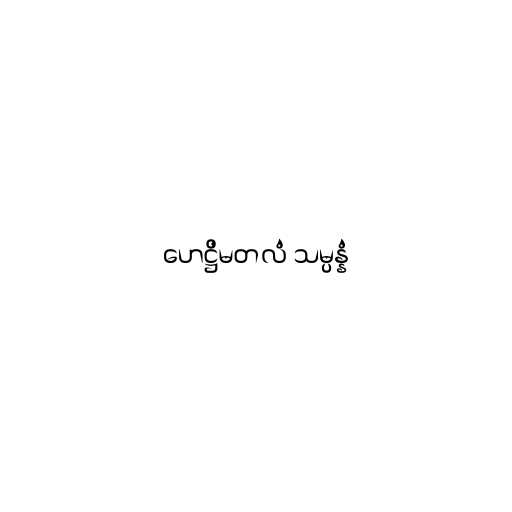
ဟေဋ္ဌိမတလံ သမ္ပန္နံ